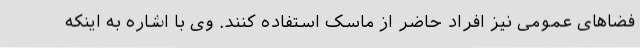
فضاهای عمومی نیز افراد حاضر از ماسک استفاده کنند. وی با اشاره به اینکه